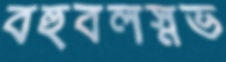
বহুবলস্নভ